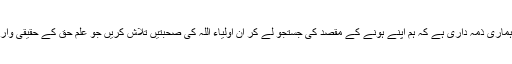
اب یہ ہماری ذمہ داری ہے کہ ہم اپنے ہونے کے مقصد کی جستجو لے کر ان اولیاء اللہ کی صحبتیں تلاش کریں جو علم حق کے حقیقی وارث ہیں۔